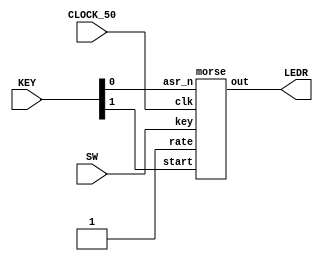
module morseencoder(SW, KEY, LEDR, CLOCK_50);
	input [2:0] SW;
	input CLOCK_50;
	input [1:0] KEY;
	output [0:0] LEDR;
	
	morse m0(
		.key(SW[2:0]),
		.start(KEY[1]),
		.clk(CLOCK_50),
		.asr_n(KEY[0]),
		.out(LEDR[0]),
		.rate(1'b1));

endmodule



module morse(key, start, clk, asr_n, out, rate);
	input [2:0] key;
	input start, asr_n, rate, clk;
	output out;
	
	wire [13:0] letter;
	wire [24:0] rdval;
	wire shift_enable;
	wire [24:0] countdown;
	
	reg rdenable, par_load;
	
	always @(negedge start, negedge asr_n)
	begin
		if (asr_n == 0)
			begin
			par_load <= 1;
			rdenable <= 0;
			end
		else if (start == 0)
			begin
			par_load <= 0;
			rdenable <= 1'b1;
			end
	end
	
	
	assign countdown = (rate == 1) ? 25'd24999999 : 25'd3;
	
	lut lut0(key, letter);
	
	ratedivider rd0(
		.enable(rdenable),
		.load(countdown),
		.clk(clk),
		.asr_n(asr_n),
		.q(rdval));
	
	assign shift_enable = (rdval == 0) ? 1 : 0;
	
	shifter s0(
		.enable(shift_enable),
		.load(letter),
		.par_load(par_load),
		.asr_n(asr_n),
		.clk(clk),
		.out(out));

endmodule


module shifter(enable, load, par_load, asr_n, clk, out);
	input enable, par_load, asr_n, clk;
	input [13:0] load;
	output reg out;
	
	reg [13:0] q;
	
	always @(posedge clk, negedge asr_n)
	begin
		if (asr_n == 0)
			begin
			out <= 0;
			q <= 14'b0;
			end
		else if (par_load == 1)
			begin
			out <= 0;
			q <= load;
			end
		else if (enable == 1)
			begin
			out <= q[0];
			q <= q >> 1'b1;
			end
	end

endmodule

module ratedivider(enable, load, clk, asr_n, q);
	input enable, clk, asr_n;
	input [24:0] load;
	output reg [24:0] q;
	
	always @(posedge clk, negedge asr_n)
	begin
		if (asr_n == 1'b0)
			q <= load;
		else if (enable == 1'b1)
			begin
				if (q == 0)
					q <= load;
				else
					q <= q - 1'b1;
			end
	end
endmodule


module lut(key, out);
	input [2:0] key;
	output reg [13:0] out;
	
	always @(*)
	begin
		case(key)
			3'd0: out = {8'd0, 6'b010101};
			3'd1: out = {10'd0, 4'b0111};
			3'd2: out = {6'd0, 8'b01110101};
			3'd3: out = {4'd0, 10'b0111010101};
			3'd4: out = {4'd0, 10'b0111011101};
			3'd5: out = {2'd0, 12'b011101010111};
			3'd6: out = {14'b01110111010111};
			3'd7: out = {2'd0, 12'b010101110111};
		endcase
	end

endmodule